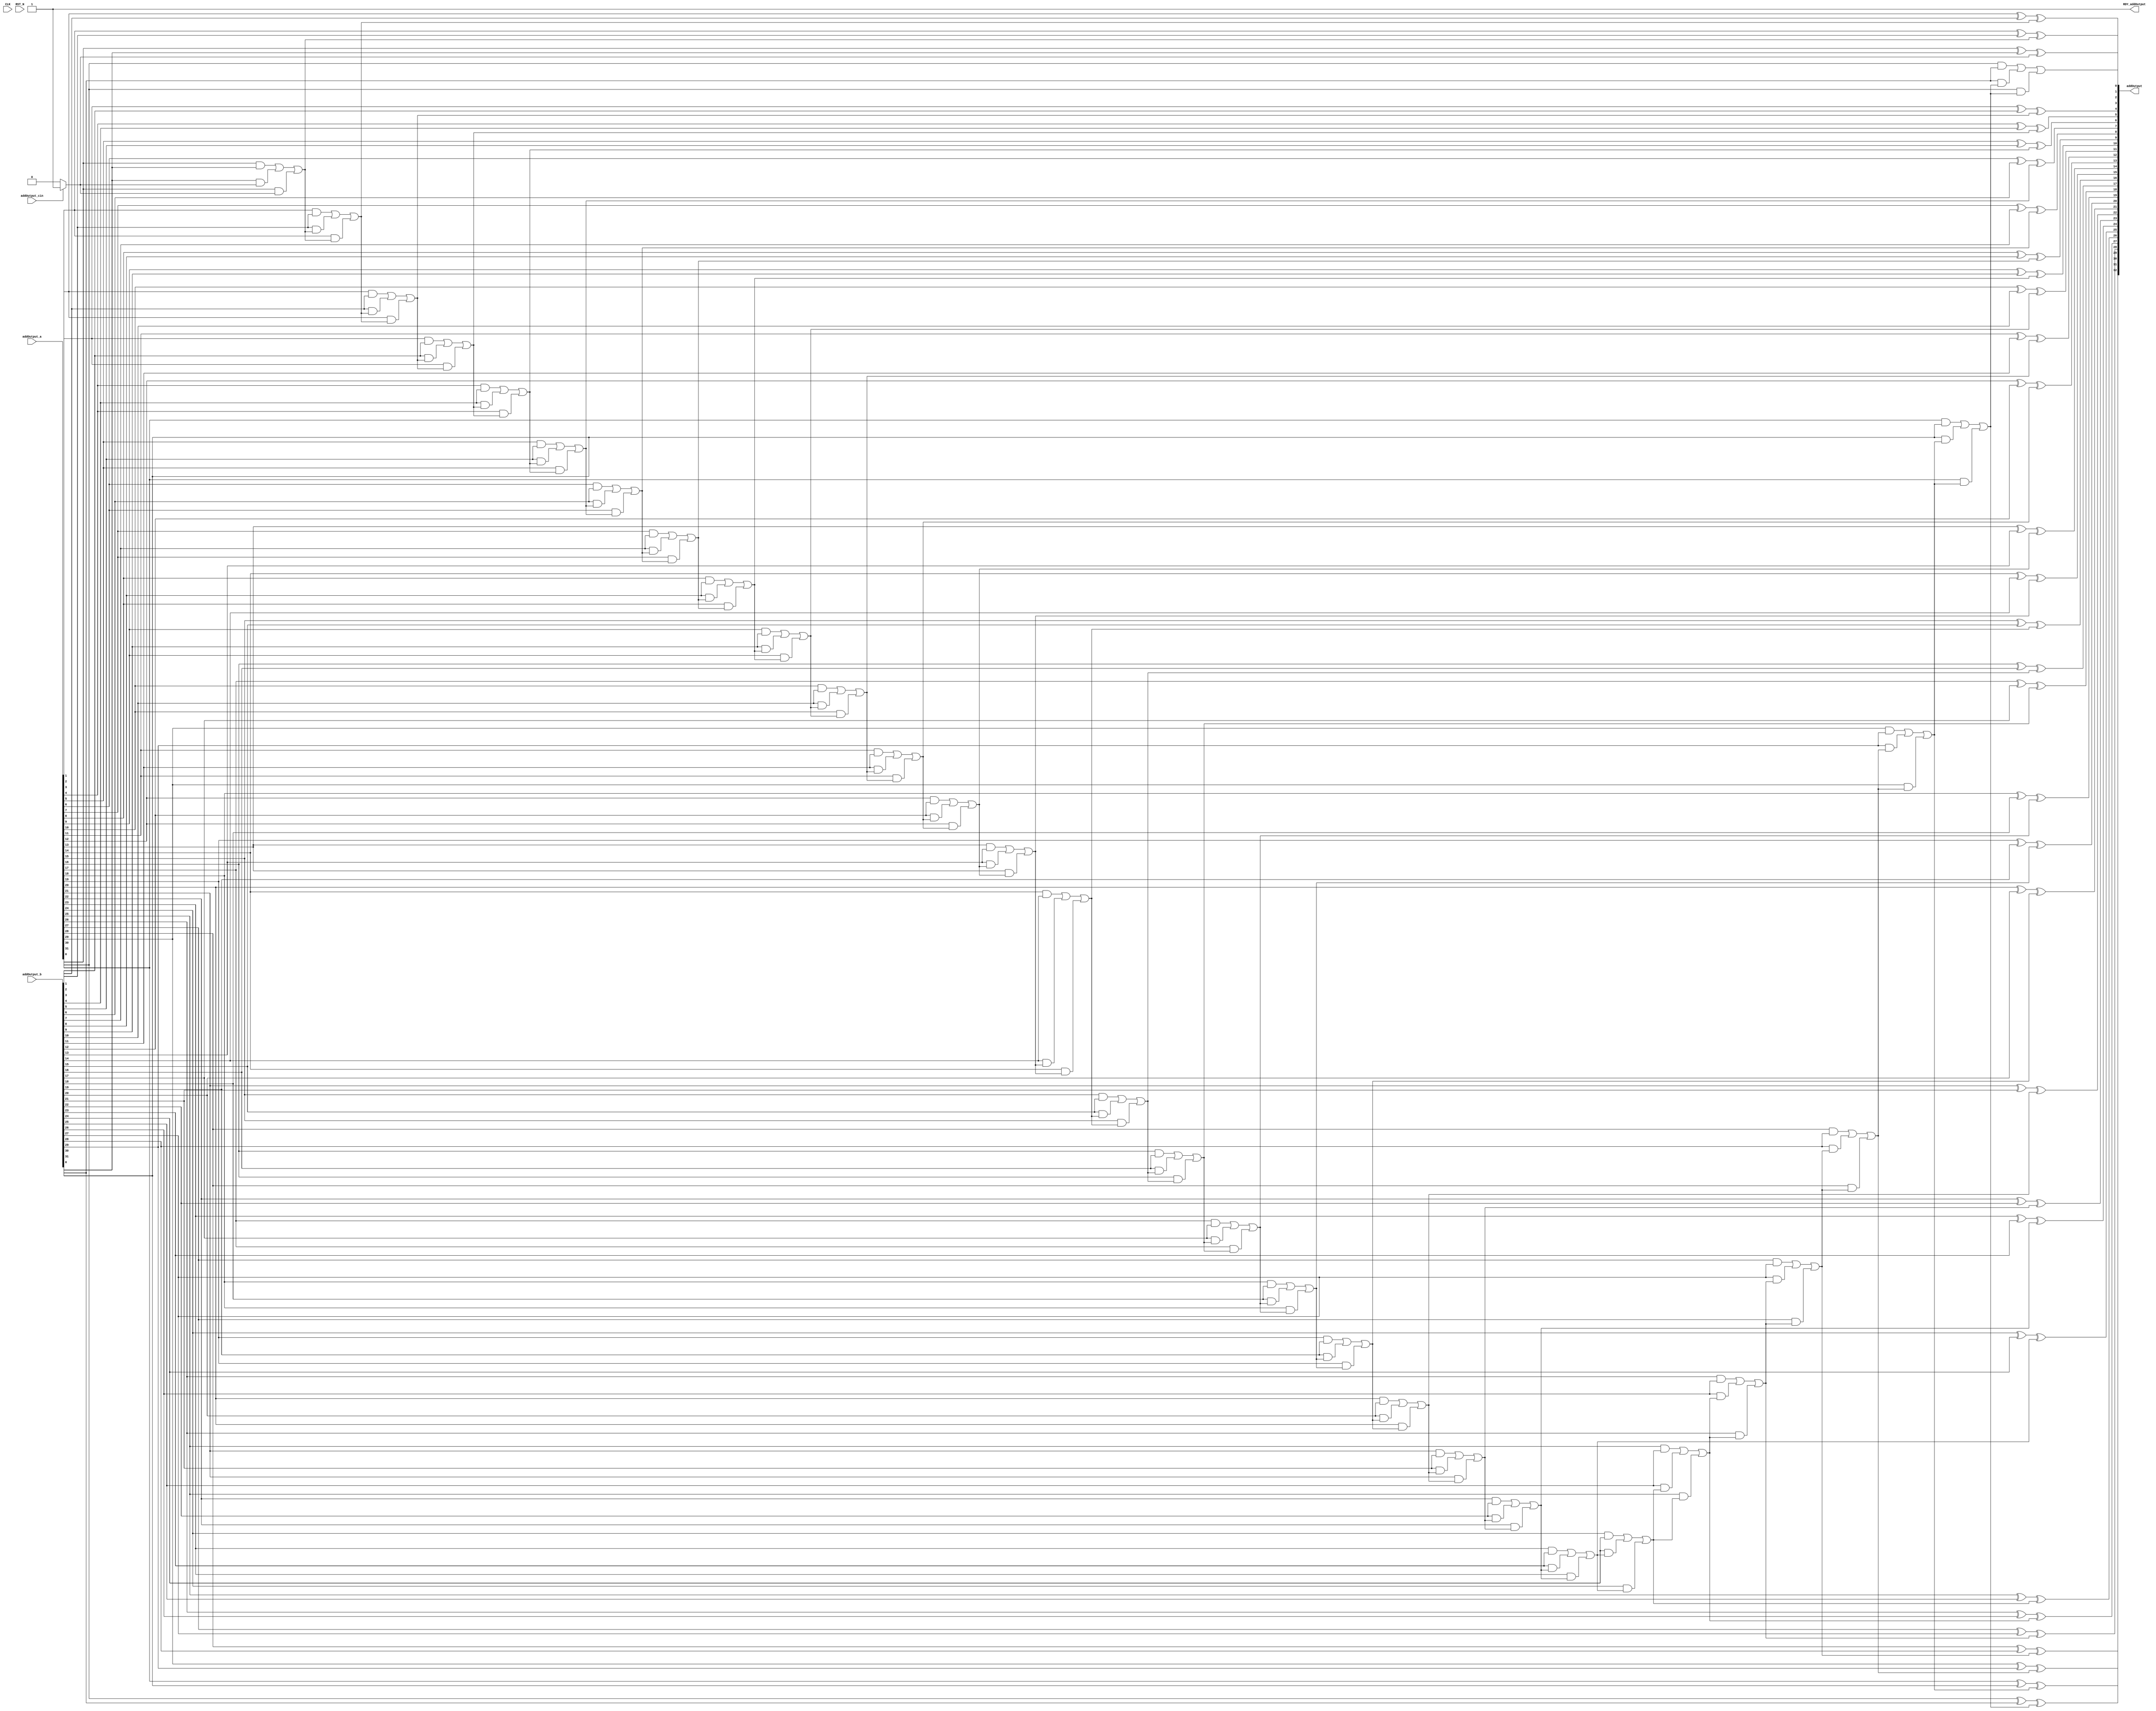
//
// Generated by Bluespec Compiler, version 2023.01-29-g0e9a5b26 (build 0e9a5b26)
//
// On Mon Oct 23 02:37:58 IST 2023
//
//
// Ports:
// Name                         I/O  size props
// addOutput                      O    33
// RDY_addOutput                  O     1 const
// CLK                            I     1 unused
// RST_N                          I     1 unused
// addOutput_a                    I    32
// addOutput_b                    I    32
// addOutput_cin                  I     1
//
// Combinational paths from inputs to outputs:
//   (addOutput_a, addOutput_b, addOutput_cin) -> addOutput
//
//

`ifdef BSV_ASSIGNMENT_DELAY
`else
  `define BSV_ASSIGNMENT_DELAY
`endif

`ifdef BSV_POSITIVE_RESET
  `define BSV_RESET_VALUE 1'b1
  `define BSV_RESET_EDGE posedge
`else
  `define BSV_RESET_VALUE 1'b0
  `define BSV_RESET_EDGE negedge
`endif

module mkAdder(CLK,
	       RST_N,

	       addOutput_a,
	       addOutput_b,
	       addOutput_cin,
	       addOutput,
	       RDY_addOutput);
  input  CLK;
  input  RST_N;

  // value method addOutput
  input  [31 : 0] addOutput_a;
  input  [31 : 0] addOutput_b;
  input  addOutput_cin;
  output [32 : 0] addOutput;
  output RDY_addOutput;

  // signals for module outputs
  wire [32 : 0] addOutput;
  wire RDY_addOutput;

  // remaining internal signals
  wire [32 : 0] IF_addOutput_cin_THEN_1_ELSE_0__q1;
  wire [31 : 0] sum_o__h23;
  wire [29 : 0] addOutput_a_BIT_29_XOR_addOutput_b_BIT_29_26_X_ETC___d300;
  wire [27 : 0] addOutput_a_BIT_27_3_XOR_addOutput_b_BIT_27_4__ETC___d299;
  wire [25 : 0] addOutput_a_BIT_25_9_XOR_addOutput_b_BIT_25_0__ETC___d298;
  wire [23 : 0] addOutput_a_BIT_23_5_XOR_addOutput_b_BIT_23_6__ETC___d297;
  wire [21 : 0] addOutput_a_BIT_21_1_XOR_addOutput_b_BIT_21_2__ETC___d296;
  wire [19 : 0] addOutput_a_BIT_19_7_XOR_addOutput_b_BIT_19_8__ETC___d295;
  wire [17 : 0] addOutput_a_BIT_17_3_XOR_addOutput_b_BIT_17_4__ETC___d294;
  wire [15 : 0] addOutput_a_BIT_15_9_XOR_addOutput_b_BIT_15_0__ETC___d293;
  wire [13 : 0] addOutput_a_BIT_13_5_XOR_addOutput_b_BIT_13_6__ETC___d292;
  wire [11 : 0] addOutput_a_BIT_11_1_XOR_addOutput_b_BIT_11_2__ETC___d291;
  wire [9 : 0] addOutput_a_BIT_9_7_XOR_addOutput_b_BIT_9_8_66_ETC___d290;
  wire [7 : 0] addOutput_a_BIT_7_3_XOR_addOutput_b_BIT_7_4_70_ETC___d289;
  wire [5 : 0] addOutput_a_BIT_5_9_XOR_addOutput_b_BIT_5_0_74_ETC___d288;
  wire [3 : 0] addOutput_a_BIT_3_5_XOR_addOutput_b_BIT_3_6_78_ETC___d287;
  wire cin__h1004,
       cin__h1148,
       cin__h1292,
       cin__h1436,
       cin__h1580,
       cin__h1724,
       cin__h1868,
       cin__h2012,
       cin__h2156,
       cin__h2300,
       cin__h2444,
       cin__h2588,
       cin__h2732,
       cin__h2876,
       cin__h3020,
       cin__h3164,
       cin__h3308,
       cin__h3452,
       cin__h3596,
       cin__h3740,
       cin__h3884,
       cin__h4028,
       cin__h4172,
       cin__h4316,
       cin__h4460,
       cin__h4604,
       cin__h4748,
       cin__h4892,
       cin__h5036,
       cin__h5180,
       cin__h5324,
       cout_o__h22,
       x__h1018,
       x__h1020,
       x__h1095,
       x__h1162,
       x__h1164,
       x__h1239,
       x__h1306,
       x__h1308,
       x__h1383,
       x__h1450,
       x__h1452,
       x__h1527,
       x__h1594,
       x__h1596,
       x__h1671,
       x__h1738,
       x__h1740,
       x__h1815,
       x__h1882,
       x__h1884,
       x__h1959,
       x__h2026,
       x__h2028,
       x__h2103,
       x__h2170,
       x__h2172,
       x__h2247,
       x__h2314,
       x__h2316,
       x__h2391,
       x__h2458,
       x__h2460,
       x__h2535,
       x__h2602,
       x__h2604,
       x__h2679,
       x__h2746,
       x__h2748,
       x__h2823,
       x__h2890,
       x__h2892,
       x__h2967,
       x__h3034,
       x__h3036,
       x__h3111,
       x__h3178,
       x__h3180,
       x__h3255,
       x__h3322,
       x__h3324,
       x__h3399,
       x__h3466,
       x__h3468,
       x__h3543,
       x__h3610,
       x__h3612,
       x__h3687,
       x__h3754,
       x__h3756,
       x__h3831,
       x__h3898,
       x__h3900,
       x__h3975,
       x__h4042,
       x__h4044,
       x__h4119,
       x__h4186,
       x__h4188,
       x__h4263,
       x__h4330,
       x__h4332,
       x__h4407,
       x__h4474,
       x__h4476,
       x__h4551,
       x__h4618,
       x__h4620,
       x__h4695,
       x__h4762,
       x__h4764,
       x__h4839,
       x__h4906,
       x__h4908,
       x__h4983,
       x__h5050,
       x__h5052,
       x__h5127,
       x__h5194,
       x__h5196,
       x__h5271,
       x__h5338,
       x__h5340,
       x__h5415,
       x__h871,
       x__h873,
       x__h951,
       y__h1019,
       y__h1021,
       y__h1163,
       y__h1165,
       y__h1307,
       y__h1309,
       y__h1451,
       y__h1453,
       y__h1595,
       y__h1597,
       y__h1739,
       y__h1741,
       y__h1883,
       y__h1885,
       y__h2027,
       y__h2029,
       y__h2171,
       y__h2173,
       y__h2315,
       y__h2317,
       y__h2459,
       y__h2461,
       y__h2603,
       y__h2605,
       y__h2747,
       y__h2749,
       y__h2891,
       y__h2893,
       y__h3035,
       y__h3037,
       y__h3179,
       y__h3181,
       y__h3323,
       y__h3325,
       y__h3467,
       y__h3469,
       y__h3611,
       y__h3613,
       y__h3755,
       y__h3757,
       y__h3899,
       y__h3901,
       y__h4043,
       y__h4045,
       y__h4187,
       y__h4189,
       y__h4331,
       y__h4333,
       y__h4475,
       y__h4477,
       y__h4619,
       y__h4621,
       y__h4763,
       y__h4765,
       y__h4907,
       y__h4909,
       y__h5051,
       y__h5053,
       y__h5195,
       y__h5197,
       y__h5339,
       y__h5341,
       y__h872,
       y__h874;

  // value method addOutput
  assign addOutput = { sum_o__h23, cout_o__h22 } ;
  assign RDY_addOutput = 1'd1 ;

  // remaining internal signals
  assign IF_addOutput_cin_THEN_1_ELSE_0__q1 = addOutput_cin ? 33'd1 : 33'd0 ;
  assign addOutput_a_BIT_11_1_XOR_addOutput_b_BIT_11_2__ETC___d291 =
	     { x__h2535 ^ cin__h2444,
	       x__h2391 ^ cin__h2300,
	       addOutput_a_BIT_9_7_XOR_addOutput_b_BIT_9_8_66_ETC___d290 } ;
  assign addOutput_a_BIT_13_5_XOR_addOutput_b_BIT_13_6__ETC___d292 =
	     { x__h2823 ^ cin__h2732,
	       x__h2679 ^ cin__h2588,
	       addOutput_a_BIT_11_1_XOR_addOutput_b_BIT_11_2__ETC___d291 } ;
  assign addOutput_a_BIT_15_9_XOR_addOutput_b_BIT_15_0__ETC___d293 =
	     { x__h3111 ^ cin__h3020,
	       x__h2967 ^ cin__h2876,
	       addOutput_a_BIT_13_5_XOR_addOutput_b_BIT_13_6__ETC___d292 } ;
  assign addOutput_a_BIT_17_3_XOR_addOutput_b_BIT_17_4__ETC___d294 =
	     { x__h3399 ^ cin__h3308,
	       x__h3255 ^ cin__h3164,
	       addOutput_a_BIT_15_9_XOR_addOutput_b_BIT_15_0__ETC___d293 } ;
  assign addOutput_a_BIT_19_7_XOR_addOutput_b_BIT_19_8__ETC___d295 =
	     { x__h3687 ^ cin__h3596,
	       x__h3543 ^ cin__h3452,
	       addOutput_a_BIT_17_3_XOR_addOutput_b_BIT_17_4__ETC___d294 } ;
  assign addOutput_a_BIT_21_1_XOR_addOutput_b_BIT_21_2__ETC___d296 =
	     { x__h3975 ^ cin__h3884,
	       x__h3831 ^ cin__h3740,
	       addOutput_a_BIT_19_7_XOR_addOutput_b_BIT_19_8__ETC___d295 } ;
  assign addOutput_a_BIT_23_5_XOR_addOutput_b_BIT_23_6__ETC___d297 =
	     { x__h4263 ^ cin__h4172,
	       x__h4119 ^ cin__h4028,
	       addOutput_a_BIT_21_1_XOR_addOutput_b_BIT_21_2__ETC___d296 } ;
  assign addOutput_a_BIT_25_9_XOR_addOutput_b_BIT_25_0__ETC___d298 =
	     { x__h4551 ^ cin__h4460,
	       x__h4407 ^ cin__h4316,
	       addOutput_a_BIT_23_5_XOR_addOutput_b_BIT_23_6__ETC___d297 } ;
  assign addOutput_a_BIT_27_3_XOR_addOutput_b_BIT_27_4__ETC___d299 =
	     { x__h4839 ^ cin__h4748,
	       x__h4695 ^ cin__h4604,
	       addOutput_a_BIT_25_9_XOR_addOutput_b_BIT_25_0__ETC___d298 } ;
  assign addOutput_a_BIT_29_XOR_addOutput_b_BIT_29_26_X_ETC___d300 =
	     { x__h5127 ^ cin__h5036,
	       x__h4983 ^ cin__h4892,
	       addOutput_a_BIT_27_3_XOR_addOutput_b_BIT_27_4__ETC___d299 } ;
  assign addOutput_a_BIT_3_5_XOR_addOutput_b_BIT_3_6_78_ETC___d287 =
	     { x__h1383 ^ cin__h1292,
	       x__h1239 ^ cin__h1148,
	       x__h1095 ^ cin__h1004,
	       x__h951 ^ IF_addOutput_cin_THEN_1_ELSE_0__q1[0] } ;
  assign addOutput_a_BIT_5_9_XOR_addOutput_b_BIT_5_0_74_ETC___d288 =
	     { x__h1671 ^ cin__h1580,
	       x__h1527 ^ cin__h1436,
	       addOutput_a_BIT_3_5_XOR_addOutput_b_BIT_3_6_78_ETC___d287 } ;
  assign addOutput_a_BIT_7_3_XOR_addOutput_b_BIT_7_4_70_ETC___d289 =
	     { x__h1959 ^ cin__h1868,
	       x__h1815 ^ cin__h1724,
	       addOutput_a_BIT_5_9_XOR_addOutput_b_BIT_5_0_74_ETC___d288 } ;
  assign addOutput_a_BIT_9_7_XOR_addOutput_b_BIT_9_8_66_ETC___d290 =
	     { x__h2247 ^ cin__h2156,
	       x__h2103 ^ cin__h2012,
	       addOutput_a_BIT_7_3_XOR_addOutput_b_BIT_7_4_70_ETC___d289 } ;
  assign cin__h1004 = x__h871 | y__h872 ;
  assign cin__h1148 = x__h1018 | y__h1019 ;
  assign cin__h1292 = x__h1162 | y__h1163 ;
  assign cin__h1436 = x__h1306 | y__h1307 ;
  assign cin__h1580 = x__h1450 | y__h1451 ;
  assign cin__h1724 = x__h1594 | y__h1595 ;
  assign cin__h1868 = x__h1738 | y__h1739 ;
  assign cin__h2012 = x__h1882 | y__h1883 ;
  assign cin__h2156 = x__h2026 | y__h2027 ;
  assign cin__h2300 = x__h2170 | y__h2171 ;
  assign cin__h2444 = x__h2314 | y__h2315 ;
  assign cin__h2588 = x__h2458 | y__h2459 ;
  assign cin__h2732 = x__h2602 | y__h2603 ;
  assign cin__h2876 = x__h2746 | y__h2747 ;
  assign cin__h3020 = x__h2890 | y__h2891 ;
  assign cin__h3164 = x__h3034 | y__h3035 ;
  assign cin__h3308 = x__h3178 | y__h3179 ;
  assign cin__h3452 = x__h3322 | y__h3323 ;
  assign cin__h3596 = x__h3466 | y__h3467 ;
  assign cin__h3740 = x__h3610 | y__h3611 ;
  assign cin__h3884 = x__h3754 | y__h3755 ;
  assign cin__h4028 = x__h3898 | y__h3899 ;
  assign cin__h4172 = x__h4042 | y__h4043 ;
  assign cin__h4316 = x__h4186 | y__h4187 ;
  assign cin__h4460 = x__h4330 | y__h4331 ;
  assign cin__h4604 = x__h4474 | y__h4475 ;
  assign cin__h4748 = x__h4618 | y__h4619 ;
  assign cin__h4892 = x__h4762 | y__h4763 ;
  assign cin__h5036 = x__h4906 | y__h4907 ;
  assign cin__h5180 = x__h5050 | y__h5051 ;
  assign cin__h5324 = x__h5194 | y__h5195 ;
  assign cout_o__h22 = x__h5338 | y__h5339 ;
  assign sum_o__h23 =
	     { x__h5415 ^ cin__h5324,
	       x__h5271 ^ cin__h5180,
	       addOutput_a_BIT_29_XOR_addOutput_b_BIT_29_26_X_ETC___d300 } ;
  assign x__h1018 = x__h1020 | y__h1021 ;
  assign x__h1020 = addOutput_a[1] & addOutput_b[1] ;
  assign x__h1095 = addOutput_a[1] ^ addOutput_b[1] ;
  assign x__h1162 = x__h1164 | y__h1165 ;
  assign x__h1164 = addOutput_a[2] & addOutput_b[2] ;
  assign x__h1239 = addOutput_a[2] ^ addOutput_b[2] ;
  assign x__h1306 = x__h1308 | y__h1309 ;
  assign x__h1308 = addOutput_a[3] & addOutput_b[3] ;
  assign x__h1383 = addOutput_a[3] ^ addOutput_b[3] ;
  assign x__h1450 = x__h1452 | y__h1453 ;
  assign x__h1452 = addOutput_a[4] & addOutput_b[4] ;
  assign x__h1527 = addOutput_a[4] ^ addOutput_b[4] ;
  assign x__h1594 = x__h1596 | y__h1597 ;
  assign x__h1596 = addOutput_a[5] & addOutput_b[5] ;
  assign x__h1671 = addOutput_a[5] ^ addOutput_b[5] ;
  assign x__h1738 = x__h1740 | y__h1741 ;
  assign x__h1740 = addOutput_a[6] & addOutput_b[6] ;
  assign x__h1815 = addOutput_a[6] ^ addOutput_b[6] ;
  assign x__h1882 = x__h1884 | y__h1885 ;
  assign x__h1884 = addOutput_a[7] & addOutput_b[7] ;
  assign x__h1959 = addOutput_a[7] ^ addOutput_b[7] ;
  assign x__h2026 = x__h2028 | y__h2029 ;
  assign x__h2028 = addOutput_a[8] & addOutput_b[8] ;
  assign x__h2103 = addOutput_a[8] ^ addOutput_b[8] ;
  assign x__h2170 = x__h2172 | y__h2173 ;
  assign x__h2172 = addOutput_a[9] & addOutput_b[9] ;
  assign x__h2247 = addOutput_a[9] ^ addOutput_b[9] ;
  assign x__h2314 = x__h2316 | y__h2317 ;
  assign x__h2316 = addOutput_a[10] & addOutput_b[10] ;
  assign x__h2391 = addOutput_a[10] ^ addOutput_b[10] ;
  assign x__h2458 = x__h2460 | y__h2461 ;
  assign x__h2460 = addOutput_a[11] & addOutput_b[11] ;
  assign x__h2535 = addOutput_a[11] ^ addOutput_b[11] ;
  assign x__h2602 = x__h2604 | y__h2605 ;
  assign x__h2604 = addOutput_a[12] & addOutput_b[12] ;
  assign x__h2679 = addOutput_a[12] ^ addOutput_b[12] ;
  assign x__h2746 = x__h2748 | y__h2749 ;
  assign x__h2748 = addOutput_a[13] & addOutput_b[13] ;
  assign x__h2823 = addOutput_a[13] ^ addOutput_b[13] ;
  assign x__h2890 = x__h2892 | y__h2893 ;
  assign x__h2892 = addOutput_a[14] & addOutput_b[14] ;
  assign x__h2967 = addOutput_a[14] ^ addOutput_b[14] ;
  assign x__h3034 = x__h3036 | y__h3037 ;
  assign x__h3036 = addOutput_a[15] & addOutput_b[15] ;
  assign x__h3111 = addOutput_a[15] ^ addOutput_b[15] ;
  assign x__h3178 = x__h3180 | y__h3181 ;
  assign x__h3180 = addOutput_a[16] & addOutput_b[16] ;
  assign x__h3255 = addOutput_a[16] ^ addOutput_b[16] ;
  assign x__h3322 = x__h3324 | y__h3325 ;
  assign x__h3324 = addOutput_a[17] & addOutput_b[17] ;
  assign x__h3399 = addOutput_a[17] ^ addOutput_b[17] ;
  assign x__h3466 = x__h3468 | y__h3469 ;
  assign x__h3468 = addOutput_a[18] & addOutput_b[18] ;
  assign x__h3543 = addOutput_a[18] ^ addOutput_b[18] ;
  assign x__h3610 = x__h3612 | y__h3613 ;
  assign x__h3612 = addOutput_a[19] & addOutput_b[19] ;
  assign x__h3687 = addOutput_a[19] ^ addOutput_b[19] ;
  assign x__h3754 = x__h3756 | y__h3757 ;
  assign x__h3756 = addOutput_a[20] & addOutput_b[20] ;
  assign x__h3831 = addOutput_a[20] ^ addOutput_b[20] ;
  assign x__h3898 = x__h3900 | y__h3901 ;
  assign x__h3900 = addOutput_a[21] & addOutput_b[21] ;
  assign x__h3975 = addOutput_a[21] ^ addOutput_b[21] ;
  assign x__h4042 = x__h4044 | y__h4045 ;
  assign x__h4044 = addOutput_a[22] & addOutput_b[22] ;
  assign x__h4119 = addOutput_a[22] ^ addOutput_b[22] ;
  assign x__h4186 = x__h4188 | y__h4189 ;
  assign x__h4188 = addOutput_a[23] & addOutput_b[23] ;
  assign x__h4263 = addOutput_a[23] ^ addOutput_b[23] ;
  assign x__h4330 = x__h4332 | y__h4333 ;
  assign x__h4332 = addOutput_a[24] & addOutput_b[24] ;
  assign x__h4407 = addOutput_a[24] ^ addOutput_b[24] ;
  assign x__h4474 = x__h4476 | y__h4477 ;
  assign x__h4476 = addOutput_a[25] & addOutput_b[25] ;
  assign x__h4551 = addOutput_a[25] ^ addOutput_b[25] ;
  assign x__h4618 = x__h4620 | y__h4621 ;
  assign x__h4620 = addOutput_a[26] & addOutput_b[26] ;
  assign x__h4695 = addOutput_a[26] ^ addOutput_b[26] ;
  assign x__h4762 = x__h4764 | y__h4765 ;
  assign x__h4764 = addOutput_a[27] & addOutput_b[27] ;
  assign x__h4839 = addOutput_a[27] ^ addOutput_b[27] ;
  assign x__h4906 = x__h4908 | y__h4909 ;
  assign x__h4908 = addOutput_a[28] & addOutput_b[28] ;
  assign x__h4983 = addOutput_a[28] ^ addOutput_b[28] ;
  assign x__h5050 = x__h5052 | y__h5053 ;
  assign x__h5052 = addOutput_a[29] & addOutput_b[29] ;
  assign x__h5127 = addOutput_a[29] ^ addOutput_b[29] ;
  assign x__h5194 = x__h5196 | y__h5197 ;
  assign x__h5196 = addOutput_a[30] & addOutput_b[30] ;
  assign x__h5271 = addOutput_a[30] ^ addOutput_b[30] ;
  assign x__h5338 = x__h5340 | y__h5341 ;
  assign x__h5340 = addOutput_a[31] & addOutput_b[31] ;
  assign x__h5415 = addOutput_a[31] ^ addOutput_b[31] ;
  assign x__h871 = x__h873 | y__h874 ;
  assign x__h873 = addOutput_a[0] & addOutput_b[0] ;
  assign x__h951 = addOutput_a[0] ^ addOutput_b[0] ;
  assign y__h1019 = addOutput_a[1] & cin__h1004 ;
  assign y__h1021 = addOutput_b[1] & cin__h1004 ;
  assign y__h1163 = addOutput_a[2] & cin__h1148 ;
  assign y__h1165 = addOutput_b[2] & cin__h1148 ;
  assign y__h1307 = addOutput_a[3] & cin__h1292 ;
  assign y__h1309 = addOutput_b[3] & cin__h1292 ;
  assign y__h1451 = addOutput_a[4] & cin__h1436 ;
  assign y__h1453 = addOutput_b[4] & cin__h1436 ;
  assign y__h1595 = addOutput_a[5] & cin__h1580 ;
  assign y__h1597 = addOutput_b[5] & cin__h1580 ;
  assign y__h1739 = addOutput_a[6] & cin__h1724 ;
  assign y__h1741 = addOutput_b[6] & cin__h1724 ;
  assign y__h1883 = addOutput_a[7] & cin__h1868 ;
  assign y__h1885 = addOutput_b[7] & cin__h1868 ;
  assign y__h2027 = addOutput_a[8] & cin__h2012 ;
  assign y__h2029 = addOutput_b[8] & cin__h2012 ;
  assign y__h2171 = addOutput_a[9] & cin__h2156 ;
  assign y__h2173 = addOutput_b[9] & cin__h2156 ;
  assign y__h2315 = addOutput_a[10] & cin__h2300 ;
  assign y__h2317 = addOutput_b[10] & cin__h2300 ;
  assign y__h2459 = addOutput_a[11] & cin__h2444 ;
  assign y__h2461 = addOutput_b[11] & cin__h2444 ;
  assign y__h2603 = addOutput_a[12] & cin__h2588 ;
  assign y__h2605 = addOutput_b[12] & cin__h2588 ;
  assign y__h2747 = addOutput_a[13] & cin__h2732 ;
  assign y__h2749 = addOutput_b[13] & cin__h2732 ;
  assign y__h2891 = addOutput_a[14] & cin__h2876 ;
  assign y__h2893 = addOutput_b[14] & cin__h2876 ;
  assign y__h3035 = addOutput_a[15] & cin__h3020 ;
  assign y__h3037 = addOutput_b[15] & cin__h3020 ;
  assign y__h3179 = addOutput_a[16] & cin__h3164 ;
  assign y__h3181 = addOutput_b[16] & cin__h3164 ;
  assign y__h3323 = addOutput_a[17] & cin__h3308 ;
  assign y__h3325 = addOutput_b[17] & cin__h3308 ;
  assign y__h3467 = addOutput_a[18] & cin__h3452 ;
  assign y__h3469 = addOutput_b[18] & cin__h3452 ;
  assign y__h3611 = addOutput_a[19] & cin__h3596 ;
  assign y__h3613 = addOutput_b[19] & cin__h3596 ;
  assign y__h3755 = addOutput_a[20] & cin__h3740 ;
  assign y__h3757 = addOutput_b[20] & cin__h3740 ;
  assign y__h3899 = addOutput_a[21] & cin__h3884 ;
  assign y__h3901 = addOutput_b[21] & cin__h3884 ;
  assign y__h4043 = addOutput_a[22] & cin__h4028 ;
  assign y__h4045 = addOutput_b[22] & cin__h4028 ;
  assign y__h4187 = addOutput_a[23] & cin__h4172 ;
  assign y__h4189 = addOutput_b[23] & cin__h4172 ;
  assign y__h4331 = addOutput_a[24] & cin__h4316 ;
  assign y__h4333 = addOutput_b[24] & cin__h4316 ;
  assign y__h4475 = addOutput_a[25] & cin__h4460 ;
  assign y__h4477 = addOutput_b[25] & cin__h4460 ;
  assign y__h4619 = addOutput_a[26] & cin__h4604 ;
  assign y__h4621 = addOutput_b[26] & cin__h4604 ;
  assign y__h4763 = addOutput_a[27] & cin__h4748 ;
  assign y__h4765 = addOutput_b[27] & cin__h4748 ;
  assign y__h4907 = addOutput_a[28] & cin__h4892 ;
  assign y__h4909 = addOutput_b[28] & cin__h4892 ;
  assign y__h5051 = addOutput_a[29] & cin__h5036 ;
  assign y__h5053 = addOutput_b[29] & cin__h5036 ;
  assign y__h5195 = addOutput_a[30] & cin__h5180 ;
  assign y__h5197 = addOutput_b[30] & cin__h5180 ;
  assign y__h5339 = addOutput_a[31] & cin__h5324 ;
  assign y__h5341 = addOutput_b[31] & cin__h5324 ;
  assign y__h872 = addOutput_a[0] & IF_addOutput_cin_THEN_1_ELSE_0__q1[0] ;
  assign y__h874 = addOutput_b[0] & IF_addOutput_cin_THEN_1_ELSE_0__q1[0] ;
endmodule  // mkAdder